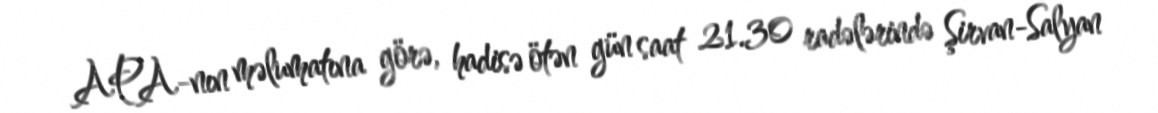
APA-nın məlumatına görə, hadisə ötən gün saat 21.30 radələrində Şirvan-Salyan